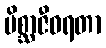
မိစ္ဆာဇီဝရတာ